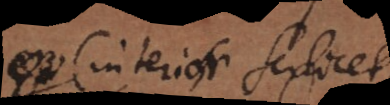
o (interior scilicet)